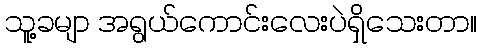
သူ့ခမျာ အရွယ်ကောင်းလေးပဲရှိသေးတာ။